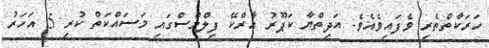
ހަރަކާތްތެރި ވެފައިވެއެވެ. އަދިތްޔާ ކަޕޫރު އާރްކޭ ފިލްމްސްގައި މަސައްކަތް ކުރި 5 އަހަރު